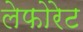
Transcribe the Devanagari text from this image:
लेफोरेट